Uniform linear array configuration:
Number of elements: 48
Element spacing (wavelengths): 0.25
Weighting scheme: hamming
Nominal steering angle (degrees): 60
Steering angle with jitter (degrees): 61.994
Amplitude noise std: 0.05
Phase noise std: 0.05

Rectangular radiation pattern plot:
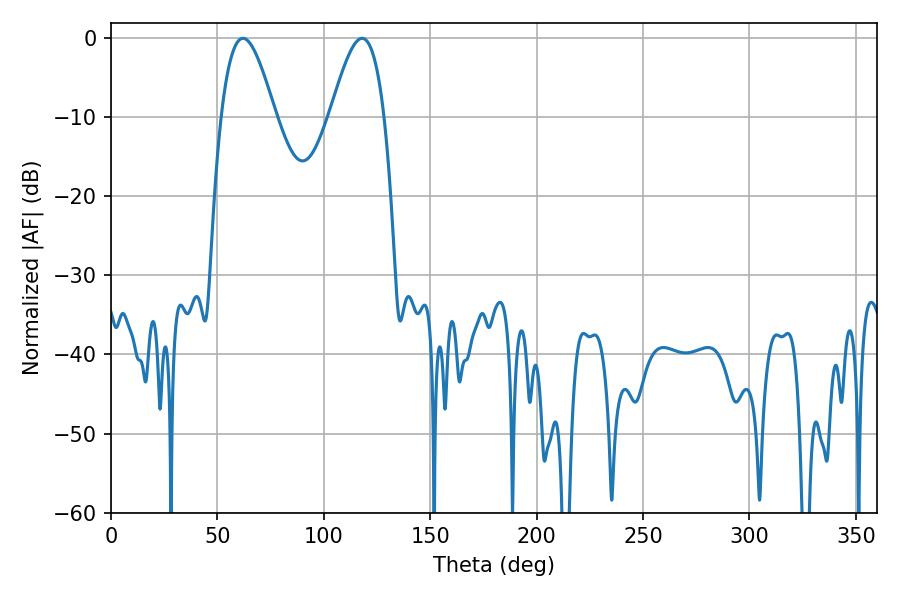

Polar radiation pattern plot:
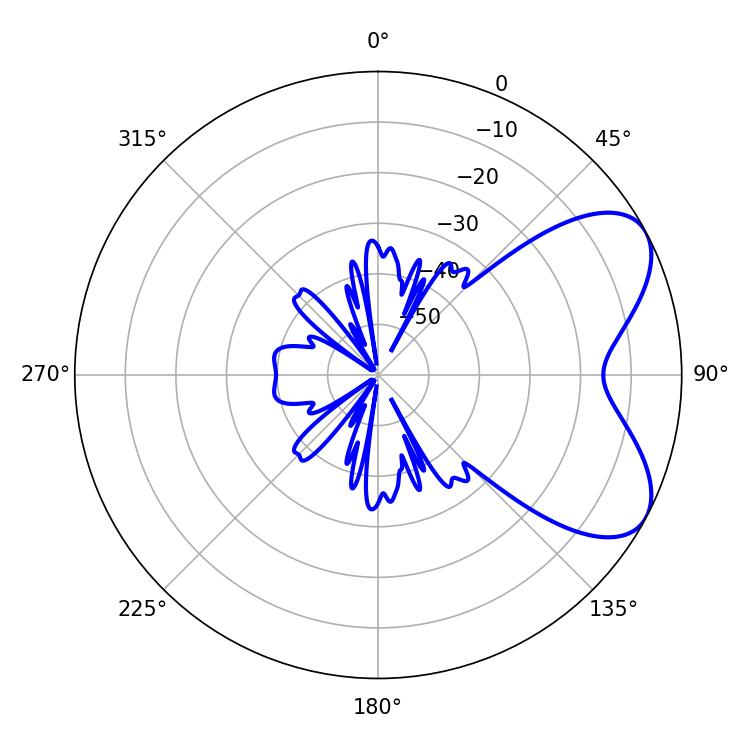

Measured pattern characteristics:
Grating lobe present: FALSE
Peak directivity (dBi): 6.24
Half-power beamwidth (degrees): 13.68
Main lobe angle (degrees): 61.92